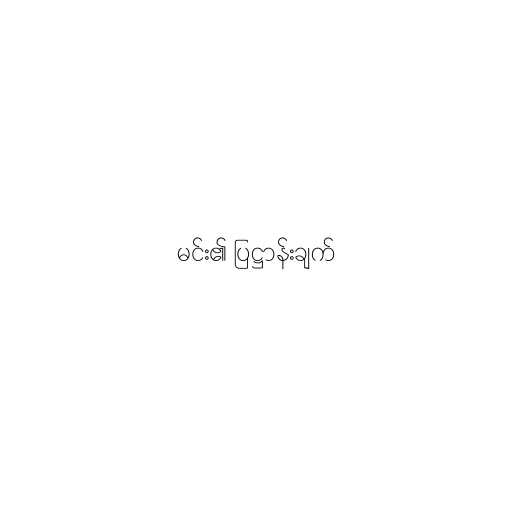
မင်း၏ ပြဋ္ဌာန်းချက်